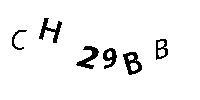
CH29BB